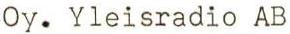
Oy. Yleisradio AB